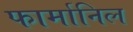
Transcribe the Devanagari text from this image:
फार्मानिल